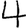
Digit: 4